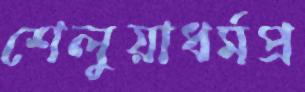
শেলুয়াধর্মপ্র